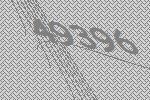
49396